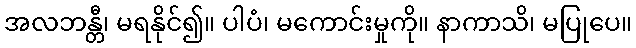
အလဘန္တီ၊ မရနိုင်၍။ ပါပံ၊ မကောင်းမှုကို။ နာကာသိ၊ မပြုပေ။